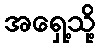
အရှေ့သို့